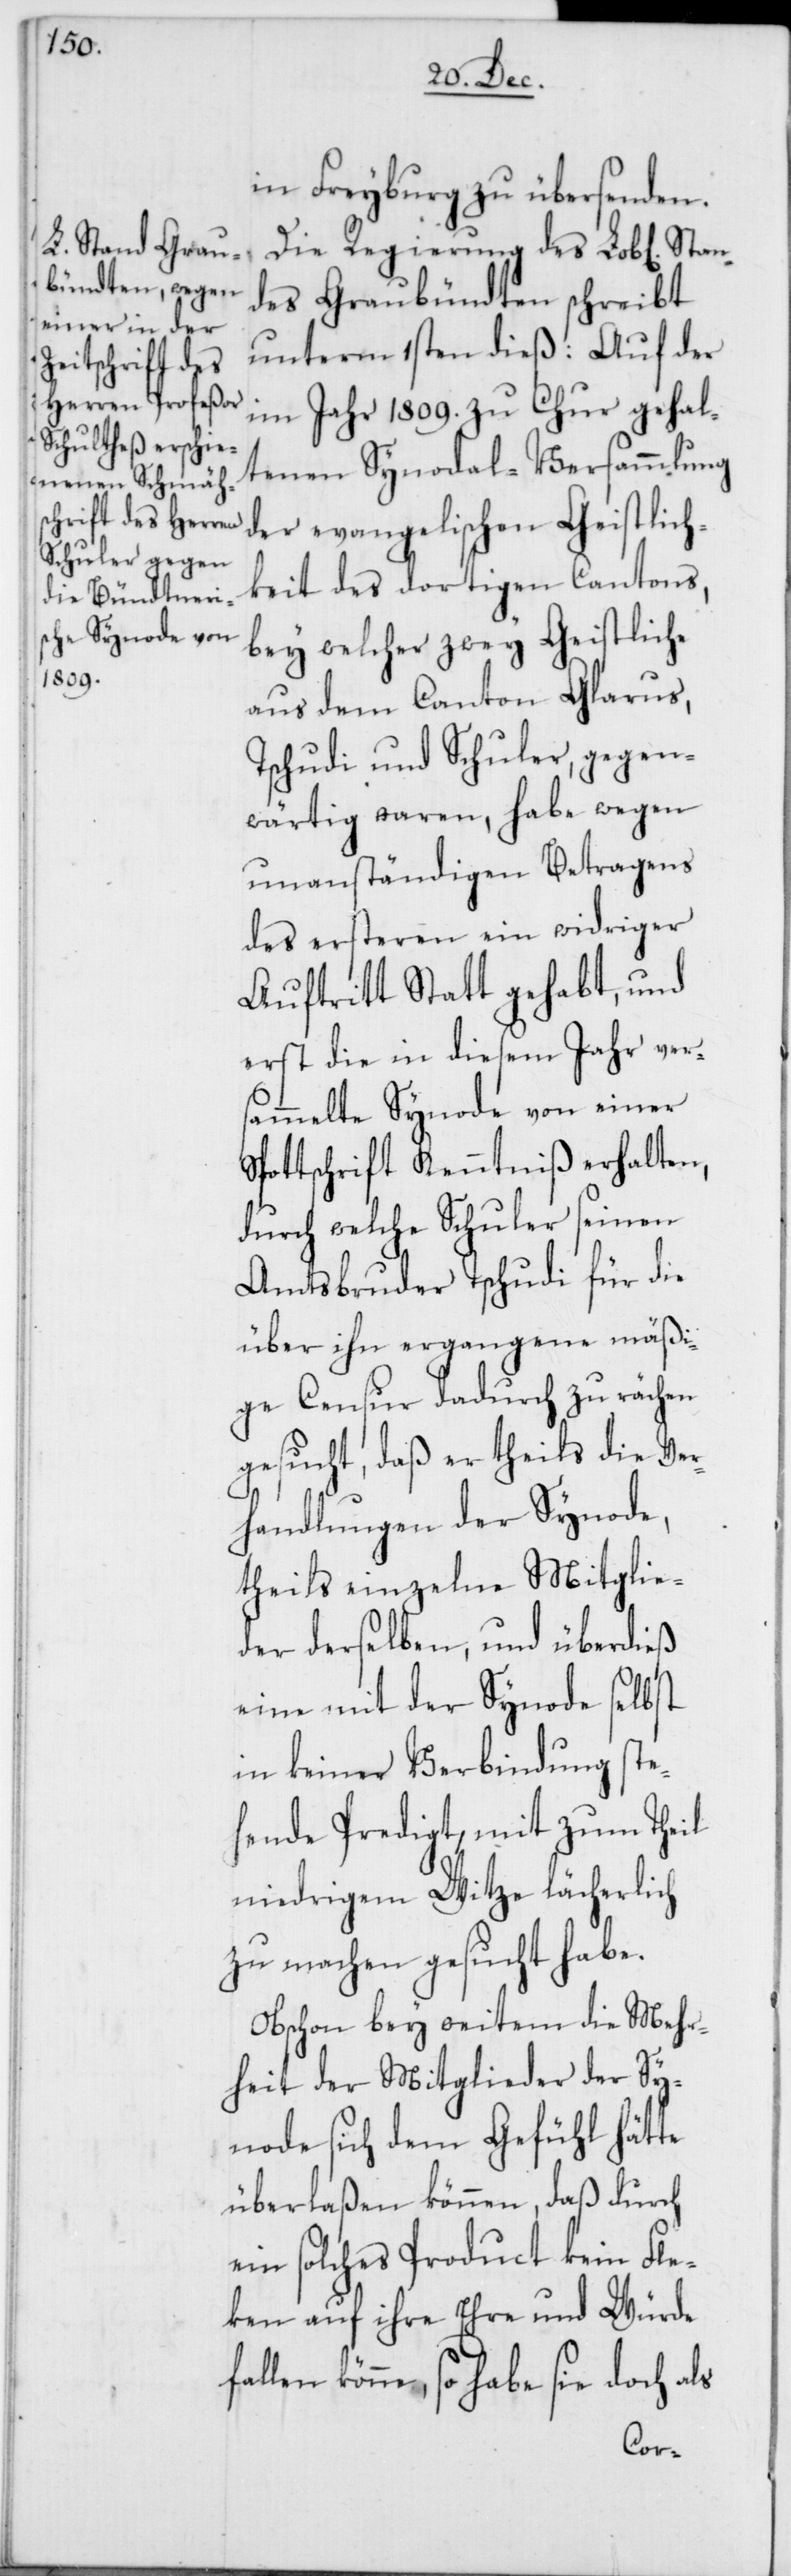
in Freyburg zu übersenden.
Die Regierung des Lob[lichen]
des Graubündten schreibt
unterm 1sten dieß: Auf der
im Jahr 1809. zu Chur gehal¬
tenen Synodal-Versammlung
der evangelischen Geistlich¬
keit des dortigen Cantons,
bey welcher zwey Geistliche
aus dem Canton Glarus,
Tschudi und Schuler, gegen¬
wärtig waren, habe wegen
unanständigen Betragens
des ersteren ein widriger
Auftritt Statt gehabt, und
erst die in diesem Jahr vers¬
ammelte Synode von einer
Spottschrift Kenntniß erhalten,
durch welche Schuler seinen
Amtsbruder Tschudi für die
über ihn ergangene mäßi¬
ge Censur dadurch zu rächen
gesucht, daß er theils die Ver¬
handlungen der Synode,
theils einzelne Mitglie¬
der derselben, und überdieß
eine mit der Synode selbst
in keiner Verbindung ste¬
hende Predigt, mit zum Theil
niedrigem Witze lächerlich
zu machen gesucht habe.
Obschon bey weitem die Mehr¬
heit der Mitglieder der Sy¬
node sich dem Gefühl hätte
überlaßen können, daß durch
ein solches Product kein Fle¬
cken auf ihre Ehre und Würde
könne, so habe sie doch als
Stan¬